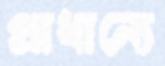
প্রাধান্যে